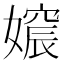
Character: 𡡪